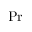
\mathrm { P r }